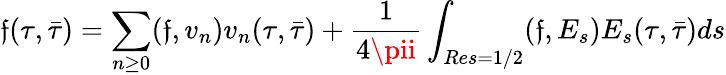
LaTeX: \mathfrak{f}(\tau,\bar{{\tau}})=\sum_{n\ge0}(\mathfrak{f},v_{n})v_{n}(\tau,\bar{{\tau}})+\frac{{1}}{{4\pii}}\int_{Res=1/2}(\mathfrak{f},E_{s})E_{s}(\tau,\bar{{\tau}})ds